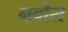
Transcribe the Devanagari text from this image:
नवीस